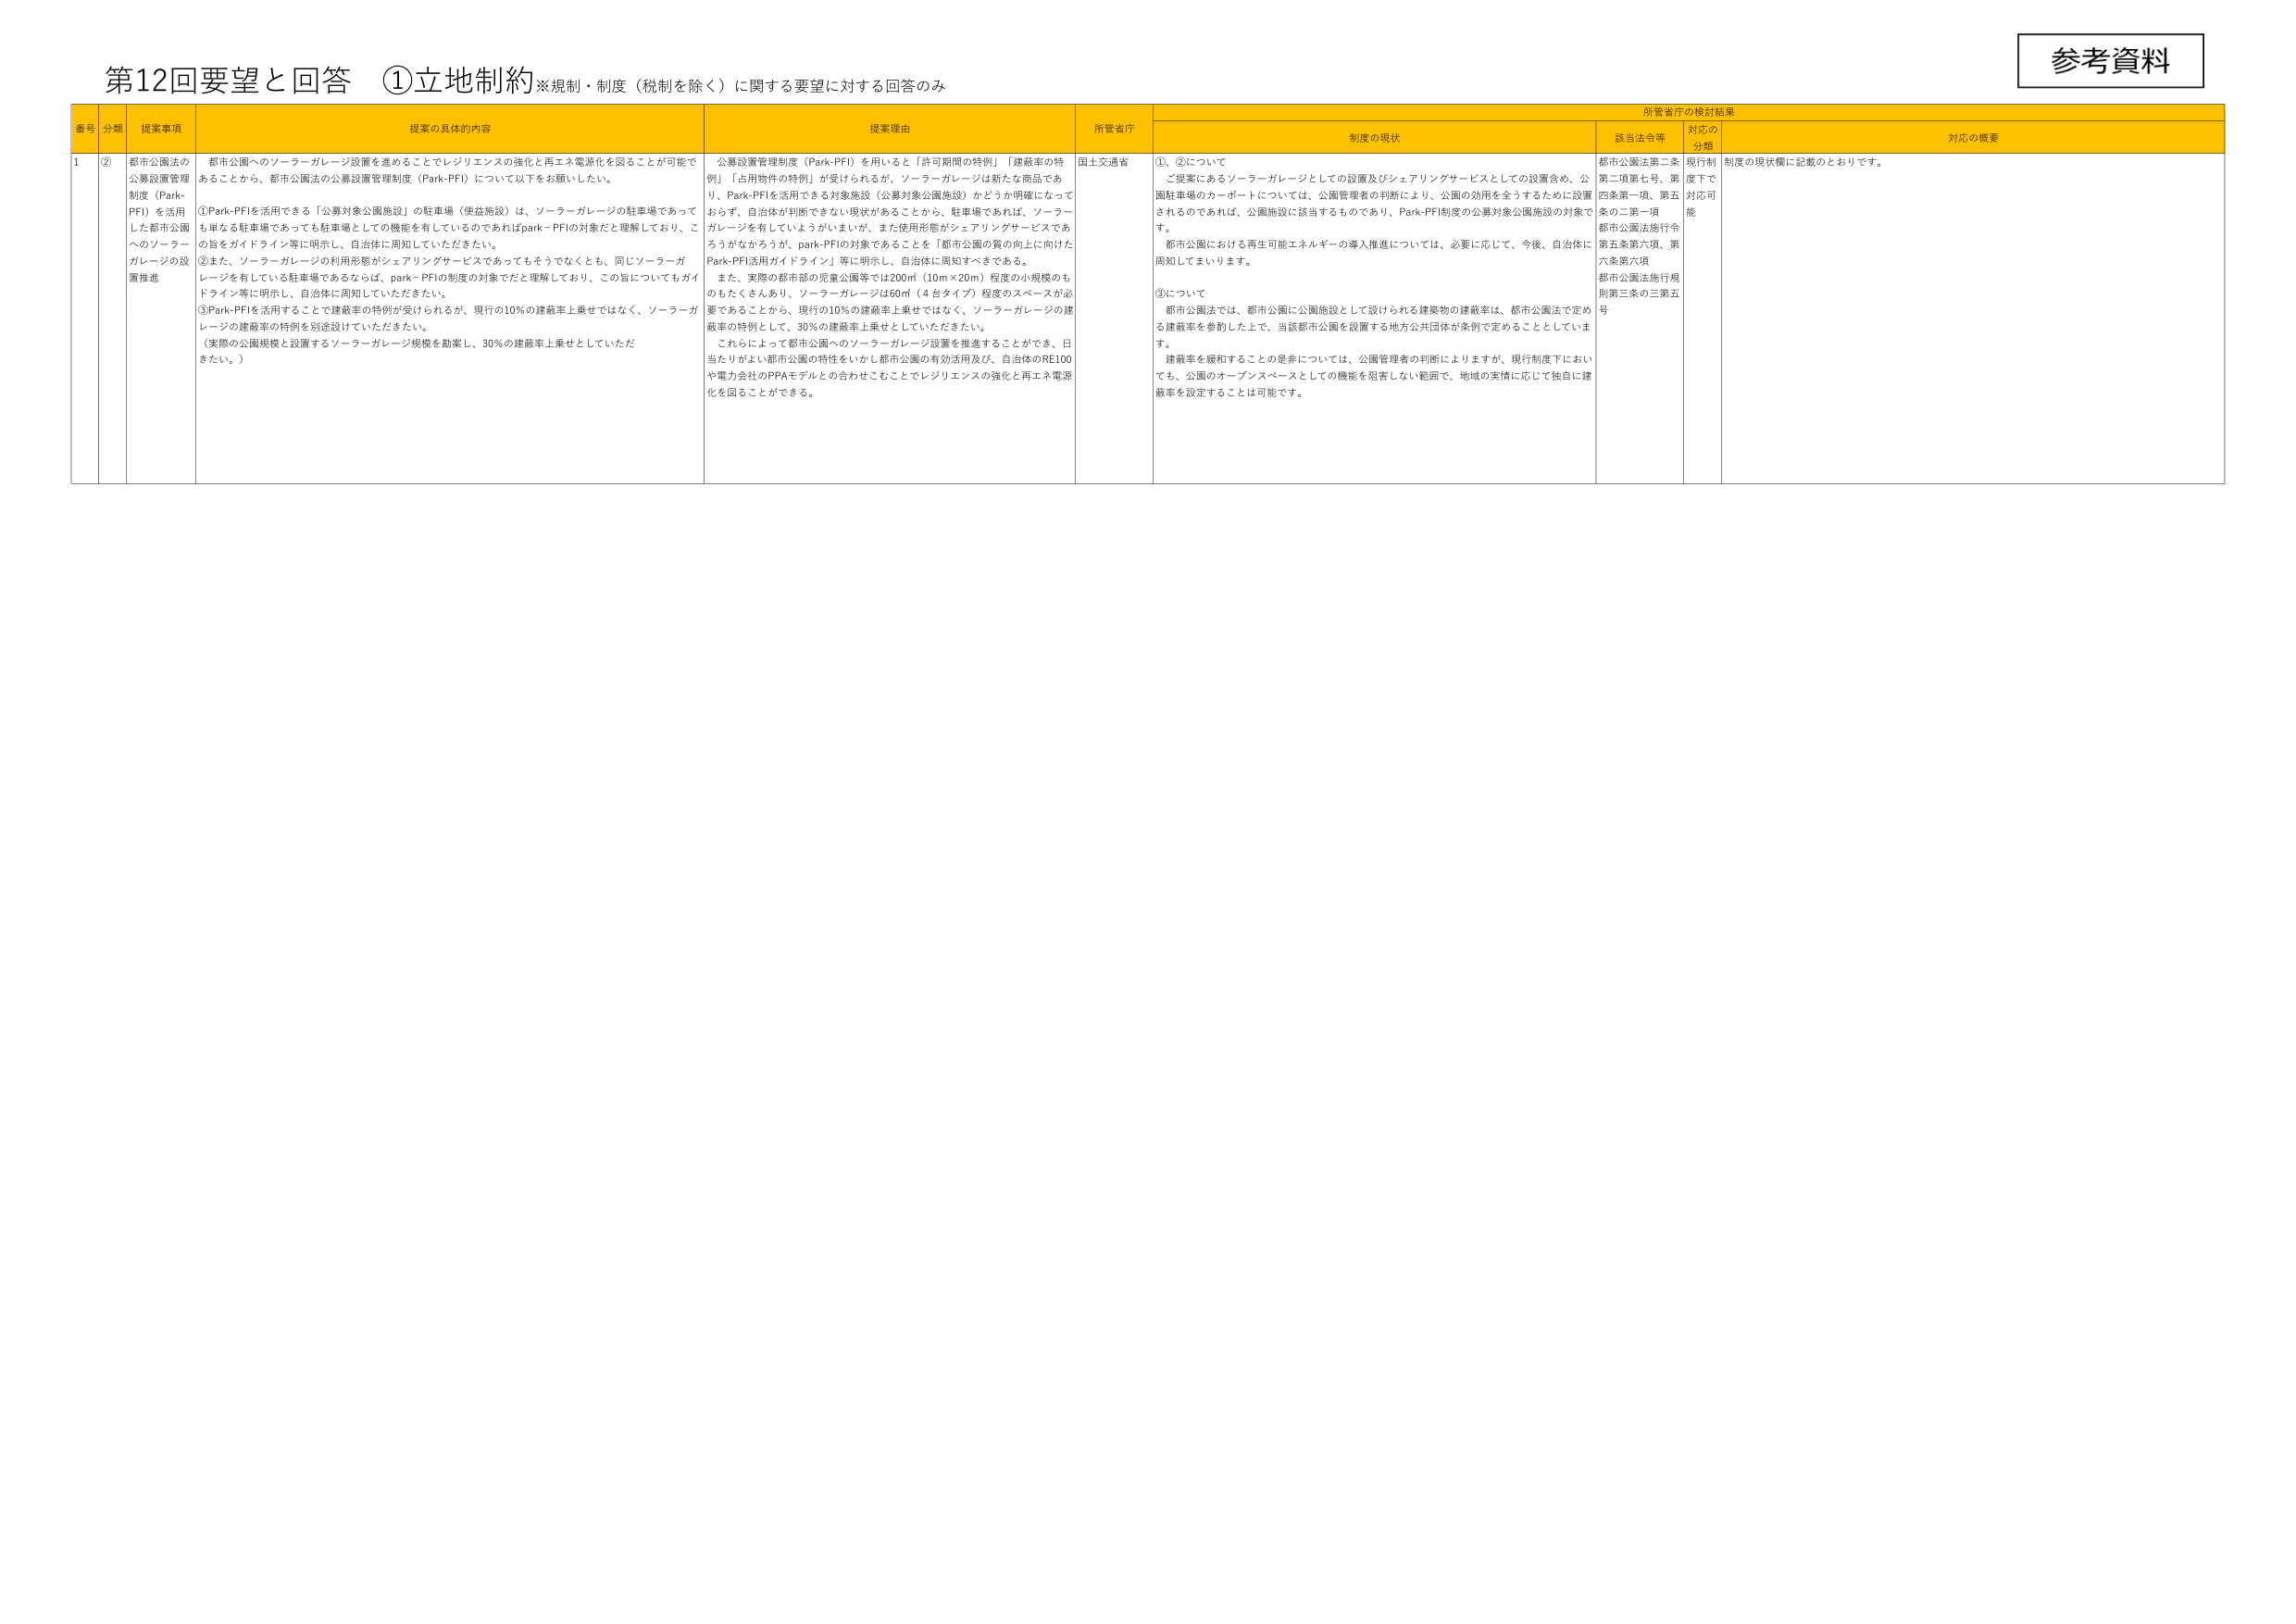
第12回要望と回答 ①立地制約※規制・制度（税制を除く）に関する要望に対する回答のみ

参考資料

番号 分類 提案事項 提案の具体的内容 提案理由 所管省庁 所管省庁の検討結果
制度の現状 該当法令等 対応の分類 対応の概要

1 ② 都市公園法の公募設置管理制度（Park-PF）を活用した都市公園へのソーラーガレージの設置推進 都市公園へのソーラーガレージ設置を進めるこ とでレジリエンスの強化と再エネ電源化を図ることが可能であることから、都市公園法の公募設置管理制度（Park-PF）について以下をお願いしたい。 ①Park-PFを活用できる「公募対象公園施設」の駐車場（便益施設）は、ソーラーガレージの駐車場であっても単なる駐車場であっても駐車場としての機能を有しているのであればpark-PFの対象だと理解しており、この旨をガイドライン等に明示し、自治体に周知していただきたい。 ②また、ソーラーガレージの利用形態がシェアリングサービスであってもそうでなくとも、同じソーラーガレージを有している駐車場であるならば、park-PFの制度の対象でだと理解しており、この旨についてもガイドライン等に明示し、自治体に周知していただきたい。 ③Park-PFを活用することで建蔽率の特例が受けられるが、現行の10％の建蔽率上乗せではなく、ソーラーガレージの建蔽率の特例を別途設けていただきたい。 （実際の公園規模と設置するソーラーガレージ規模を勘案し、30％の建蔽率上乗せとしていただきたい。） 公募設置管理制度（Park-PF）を用いると「許可期間の特例」「建蔽率の特例」「占用物件の特例」が受けられるが、ソーラーガレージは新たな商品であり、Park-PFを活用できる対象施設（公募対象公園施設）かどうか明確になっておらず、自治体が判断できない現状があることから、駐車場であれば、ソーラーガレージを有していようがいまいが、また使用形態がシェアリングサービスであろうがなかろうが、park-PFの対象であることを「都市公園の質の向上に向けたPark-PF活用ガイドライン」等に明示し、自治体に周知すべきである。 また、実際の都市部の児童公園等では200㎡（10m×20m）程度の小規模のものもたくさんあり、ソーラーガレージは60㎡（4台タイプ）程度のスペースが必要であることから、現行の10％の建蔽率上乗せではなく、ソーラーガレージの建蔽率の特例として、30％の建蔽率上乗せとしていただきたい。 これらによって都市公園へのソーラーガレージ設置を推進することができ、日当たりがよい都市公園の特性をいかし都市公園の有効活用及び、自治体のRE100や電力会社のPPAモデルとの合わせごとでレジリエンスの強化と再エネ電源化を図ることができる。 国土交通省 ①、②について ご提案にあるソーラーガレージとしての設置及びシェアリングサービスとしての設置含め、公園駐車場のカーポートについては、公園管理者の判断により、公園の効用を全うするために設置されるのであれば、公園施設に該当するものであり、Park-PF制度の公募対象公園施設の対象です。 都市公園における再生可能エネルギーの導入推進については、必要に応じて、今後、自治体に周知してまいります。 ③について 都市公園法では、都市公園に公園施設として設けられる建築物の建蔽率は、都市公園法で定める建蔽率を参酌した上で、当該都市公園を設置する地方公共団体が条例で定めることとしています。 建蔽率を緩和することの是非については、公園管理者の判断によりますが、現行制度下においても、公園のオープンスペースとしての機能を阻害しない範囲で、地域の実情に応じて独自に建蔽率を設定することは可能です。 都市公園法第二条第二項第七号、第四条第一項、第五条の二第一項 都市公園法施行令第五条第六項、第六条第六項 都市公園法施行規則第三条の三第五号 現行制度下で対応可能 制度の現状欄に記載のとおりです。